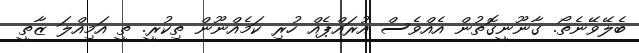
ބެލޭވޭނެތޯ. ގާނޫނީގޮތުން އެއްވެސް އުރައްޕެއް ހުރި ކަމެއްނޫން ތިކުރީ. ތީ އަމިއްލަ ޒާތީ